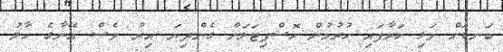
ބަނޑަށް ވަޅި ހަރާފައި ހުރުމުން ހޮސްޕިޓަލަށް ގެންދިޔަ އިރު ވެސް އޭނާގެ ހާލު